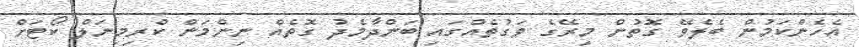
އެހެންކަމުން ބެލެވޭ ގޮތުން މިރޭގެ ވަގުތެއްގައި ބަންދާމެދު ގޮތެއް ނިންމަން ކްރިމިނަލް ކޯޓަށް